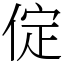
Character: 𠉵